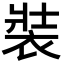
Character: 裝